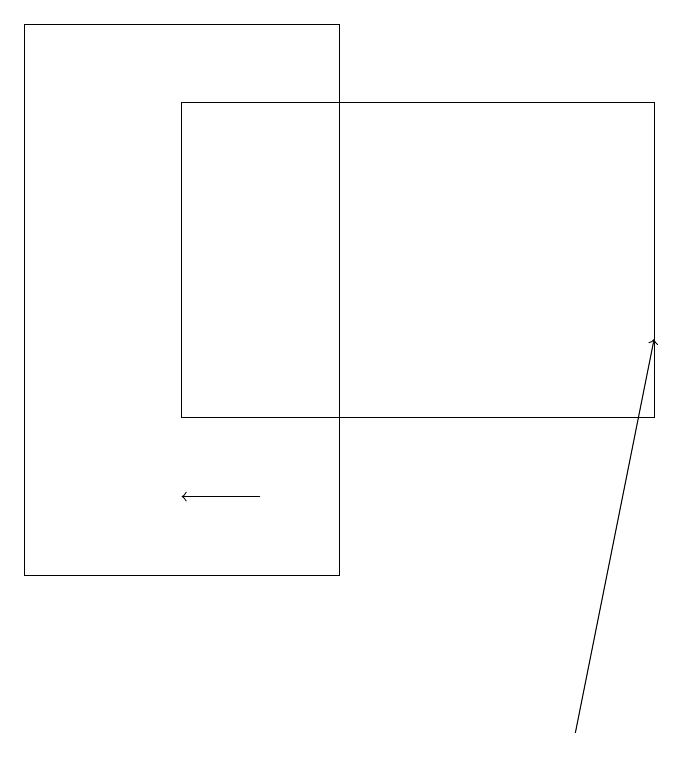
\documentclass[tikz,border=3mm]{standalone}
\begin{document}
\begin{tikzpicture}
\draw[->] (3,13) -- (2,13);
\draw (4,12) rectangle (0,19);
\draw (8,18) rectangle (2,14);
\draw[->] (7,10) -- (8,15);
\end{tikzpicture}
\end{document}